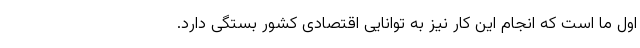
اول ما است که انجام این کار نیز به توانایی اقتصادی کشور بستگی دارد.